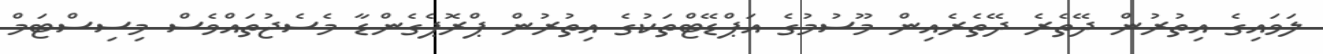
ލަވައިގެ އިތުރުން ދޭތެރެ ދޭތެރެއިން މޫސުމުގެ އަޕްޑޭޓްތަކުގެ އިތުރުން ޕްރޮޕެގެންޑާ މެސެޖުތައްވެސް މިސިސްޓަމް